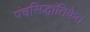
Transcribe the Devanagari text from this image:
पंचसिद्धांतिकेत